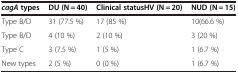
<table><thead><tr><td><b><i>cagA</i>types</b></td><td><b>DU (N = 40)</b></td><td><b>Clinical statusHV (N = 20)</b></td><td><b>NUD (N = 15)</b></td></tr></thead><tbody><tr><td>Type B/D</td><td>31 (77.5 %)</td><td>17 (85 %)</td><td>10(66.6 %)</td></tr><tr><td>Type B/D</td><td>4 (10 %)</td><td>2 (10 %)</td><td>3 (20 %)</td></tr><tr><td>Type C</td><td>3 (7.5 %)</td><td>1 (5 %)</td><td>1 (6.7 %)</td></tr><tr><td>New types</td><td>2 (5 %)</td><td>0 (0 %)</td><td>1 (6.7 %)</td></tr></tbody></table>